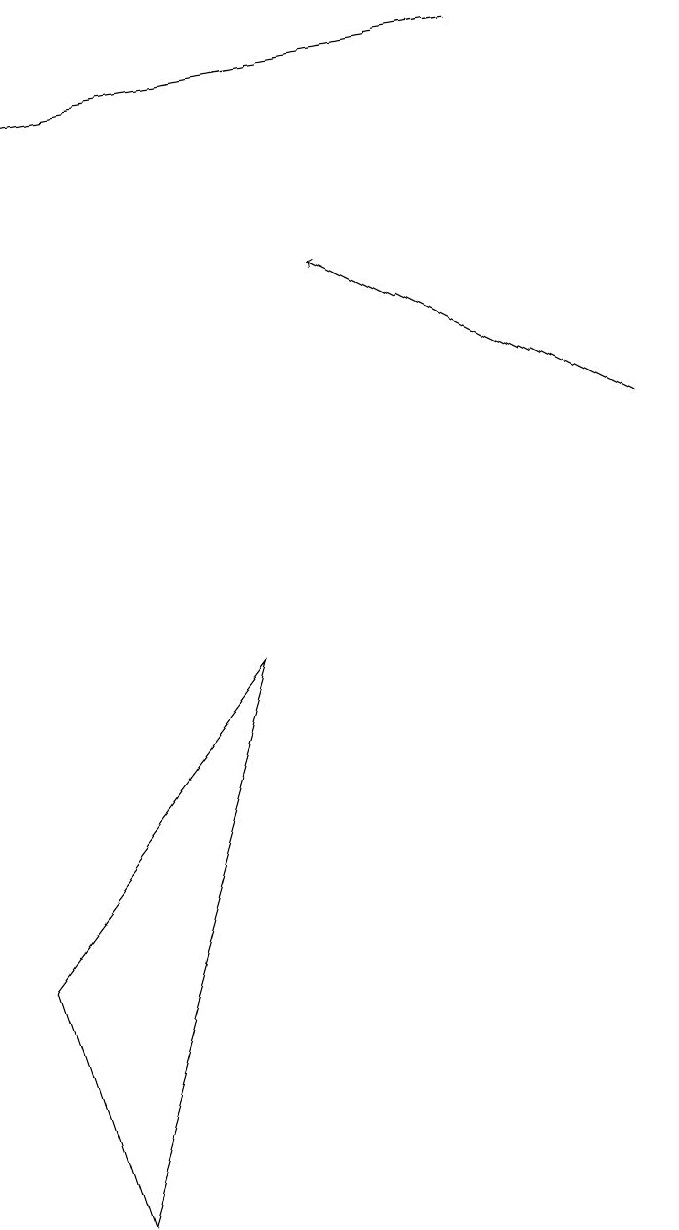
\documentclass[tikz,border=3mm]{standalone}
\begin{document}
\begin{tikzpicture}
\draw (4,9) -- (2,2) -- (1,5) -- cycle;
\draw[->] (7,17) -- (1,16);
\draw[->] (9,12) -- (5,14);
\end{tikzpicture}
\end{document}